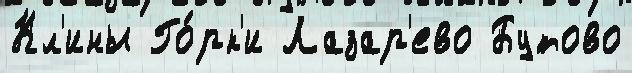
Кл'ины Го́рк'и Лазар'ево Бутово